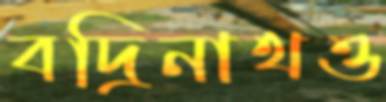
বদ্রিনাথও